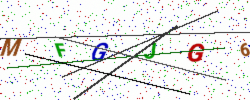
Text: MFGJG6